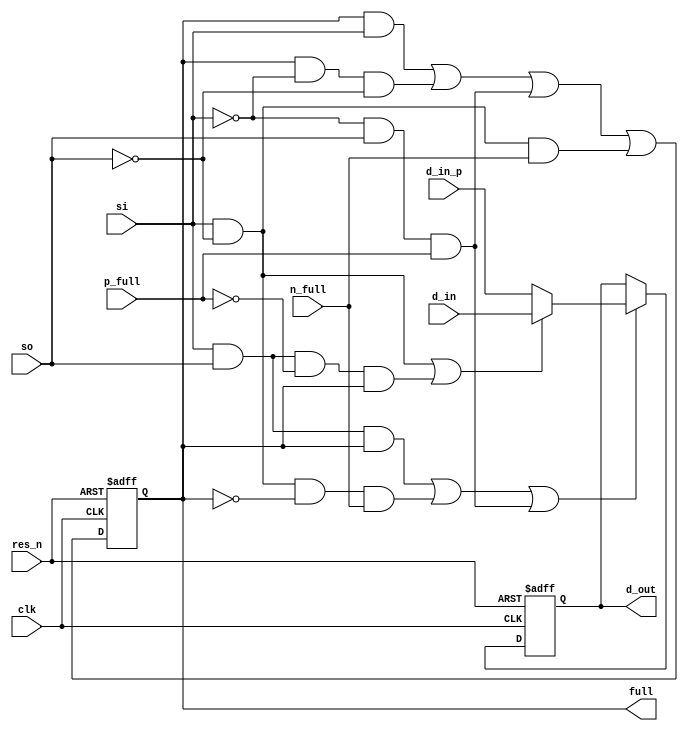
module openhmc_sync_fifo_reg_stage #(parameter DWIDTH = 8)(
    input wire clk,
    input wire res_n,
    input wire [DWIDTH-1:0] d_in,
    input wire [DWIDTH-1:0] d_in_p,
    input wire p_full,  // full signal from the previous stage
    input wire n_full,  // full signal from the next stage
    input wire si,
    input wire so,
    output reg full,    // full = '1' -> this stage has a valid entry
    output reg [DWIDTH-1:0] d_out
);

//=====================================================================================================
//-----------------------------------------------------------------------------------------------------
//---------WIRING AND SIGNAL STUFF---------------------------------------------------------------------
//-----------------------------------------------------------------------------------------------------
//=====================================================================================================

wire en, muxi;

assign en = (si & so & full)                // so and si, shift through
            | (si & ~so & ~full && n_full)  // shift in new value
            | (~si & so & p_full);          // shift through

assign muxi = (si & ~so) | (si & so & ~p_full & full);

//=====================================================================================================
//-----------------------------------------------------------------------------------------------------
//---------LOGIC STARTS HERE---------------------------------------------------------------------------
//-----------------------------------------------------------------------------------------------------
//=====================================================================================================

always @ (posedge clk or negedge res_n) begin
    if (!res_n) begin
        full <= 1'b0;
        d_out <= {DWIDTH{1'b0}};
    end else begin
        if (en) begin
            if (muxi) begin
                d_out <= d_in;      // enter new value when enabled
            end else begin
                d_out <= d_in_p;    // shift through
            end
        end

        full <= (full & si)             // stay full while si to other stage
                | (full & ~si & ~so)    // hold full
                | (~si & so & p_full)   // keep full as long as prev stage is full
                | (si & ~so & n_full);  // fill this stage by si
    end
end

endmodule